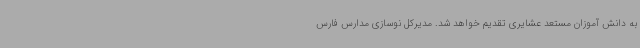
به دانش آموزان مستعد عشایری تقدیم خواهد شد. مدیرکل نوسازی مدارس فارس